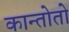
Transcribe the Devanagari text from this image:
कान्तोतो